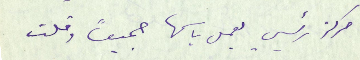
مركز رئيسي يعمل باسمها جميعاً وقلت